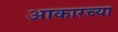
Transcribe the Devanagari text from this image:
आकारच्या